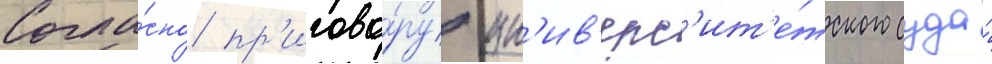
Согла́сно пр'игово́ру ун'ив'ерс'ит'е́тского суда́